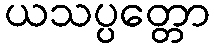
ယသပ္ပတ္တော